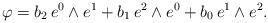
LaTeX: \begin{align*} \varphi=b_2\,e^0\wedge e^1 + b_1\,e^2\wedge e^0 + b_0\,e^1\wedge e^2 . \end{align*}